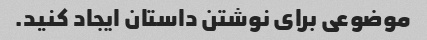
موضوعی برای نوشتن داستان ایجاد کنید.